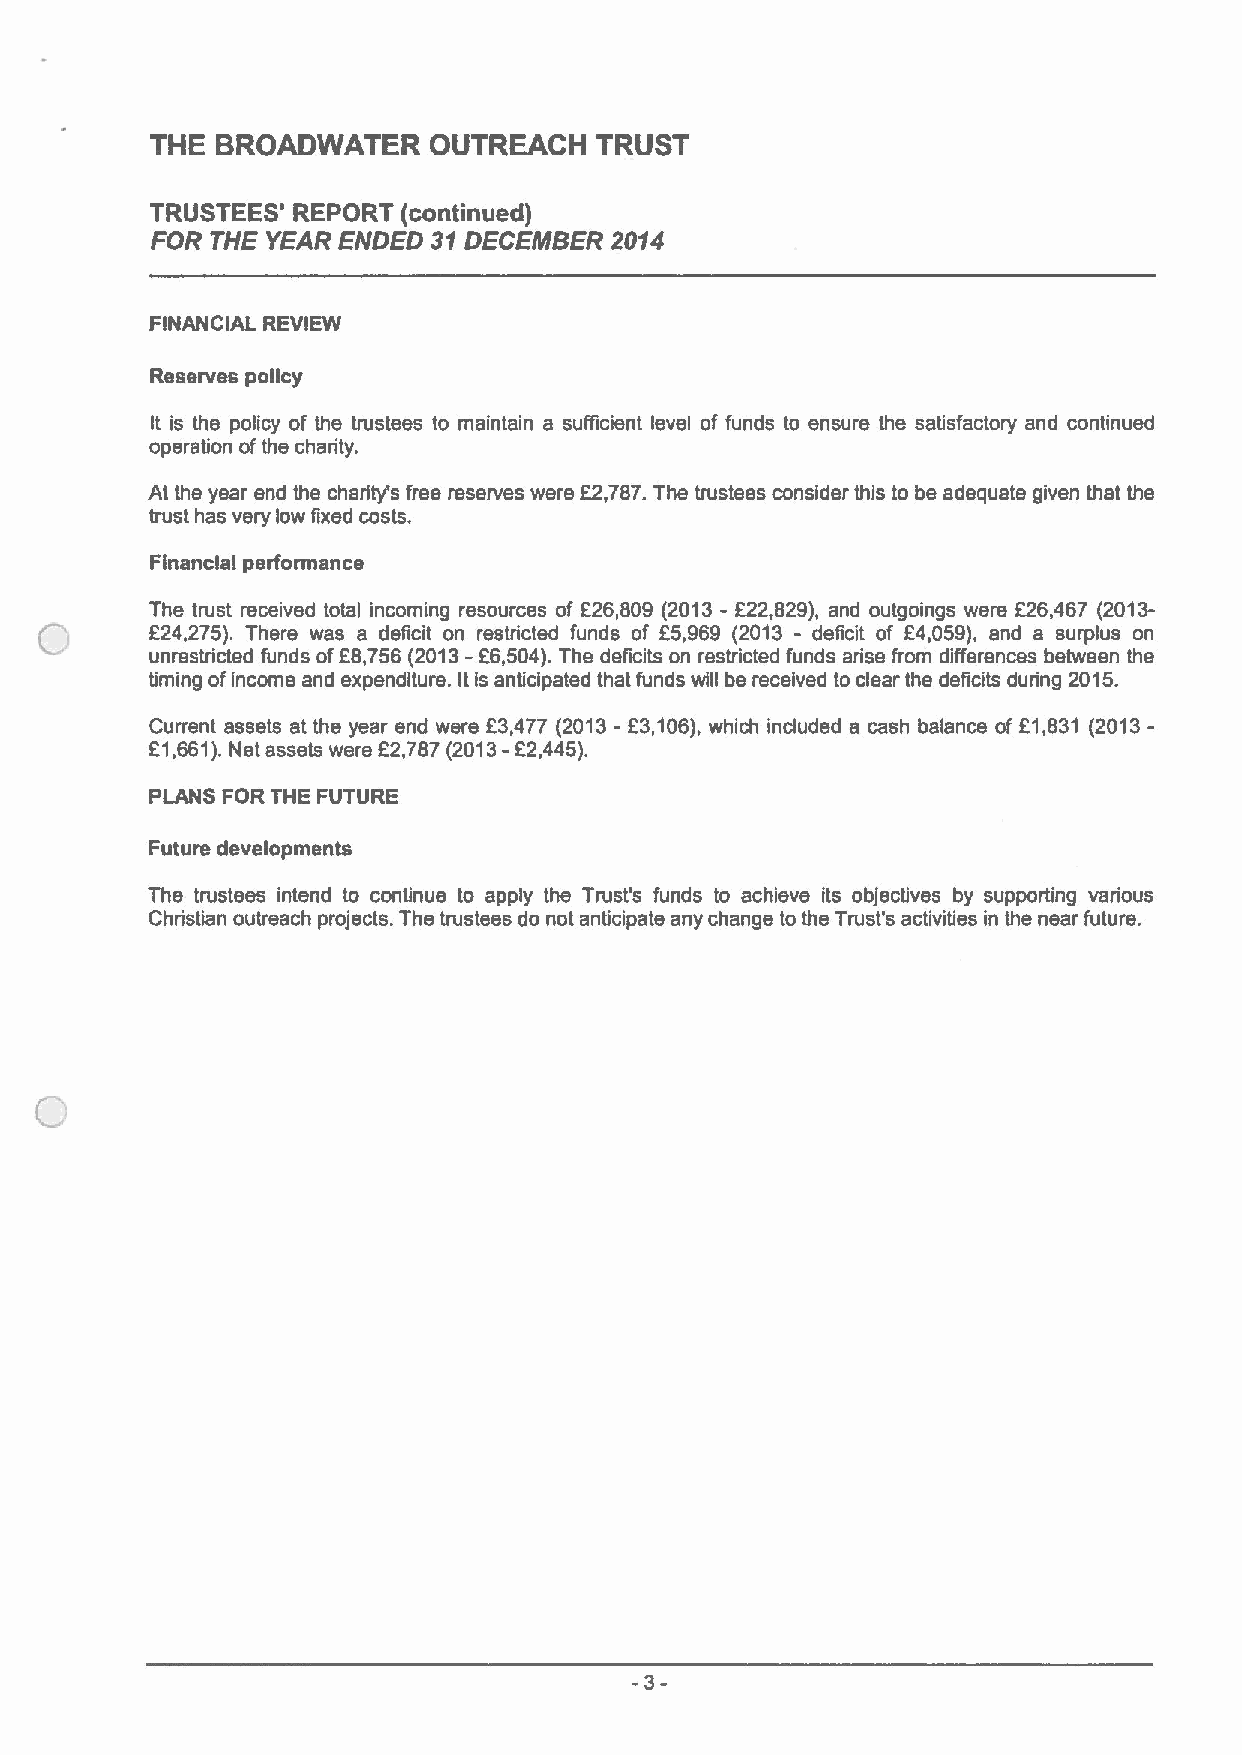
THE BROADWATER    OUTREACH   TRUST
 TRUSTEES' REPORT (continued)
 FOR THE YEAR ENDED 31DECEMBER 2014
 FINANCIAL REVIEW
 Reserves policy
 It is the policy of the trustees to maintain a sufficient level of funds to ensure the satisfactory and continued
 operation ofthe charity.
 At the year end the charity's free reserves were E2,787.The trustees consider this to be adequate given that ths
 trust has very low fixed costs.
 Financial performance
 The trust received total incoming resources of f26,809 (2013- f22,829), and outgoings were E26,467 (2013-
 f24,275). There was a deficit on restricted funds of E5,969 (2013 - deficit of f4,059), and a surplus on
 unrestricted funds off8,756 (2013- E6,504).The deficits on restricted funds arise from difference between the
 timing ofincome and expenditure. Itis anticipated that funds will be received to clear the deficits during 2015.
 Current assets at the year end were E3,477 (2013- E3,106),which included a cash balance of E1,831 (2013-
 -
 E1,661).Net assets were E2,787(2013 E2,445).
 PLANS FOR THE FUTURE
 Future developments
 The trustees intend to continue to apply the Trust's funds to achieve its objectives by supporting various
 Christian outreach projects. The trustees do not anticipate any change to the Trust's activities in the near future.
 -3-